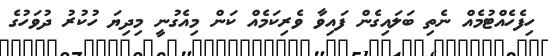
ހިފެހެއްޓުމެއް ނެތި ބަލައިގެން ފައިވާ ވެރިކަމެއް ކަން މިއެގުނީ މިދިޔަ ހުކުރު ދުވަހުގެ